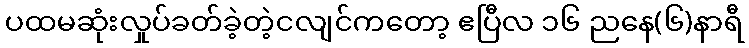
ပထမဆုံးလှုပ်ခတ်ခဲ့တဲ့ငလျင်ကတော့ ဧပြီလ ၁၆ ညနေ(၆)နာရီ